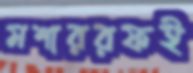
মশাররফই